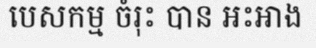
បេសកម្ម ចំរុះ បាន អះអាង